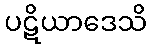
ပဋိယာဒေသိ